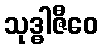
သုဒ္ဓါဇီဝေ